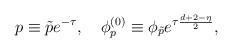
LaTeX: \begin{align*}p\equiv\tilde pe^{-\tau},\ \ \ \phi_p^{(0)}\equiv\phi_{\tilde p}e^{\tau\frac{d+2-\eta}{2}},\end{align*}